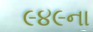
૯૪૯ના